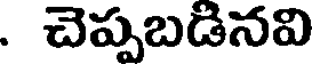
. చెప్పబడినవి